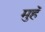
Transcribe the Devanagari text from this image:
मुहॅ